Leaving Certificate Examination, 1903
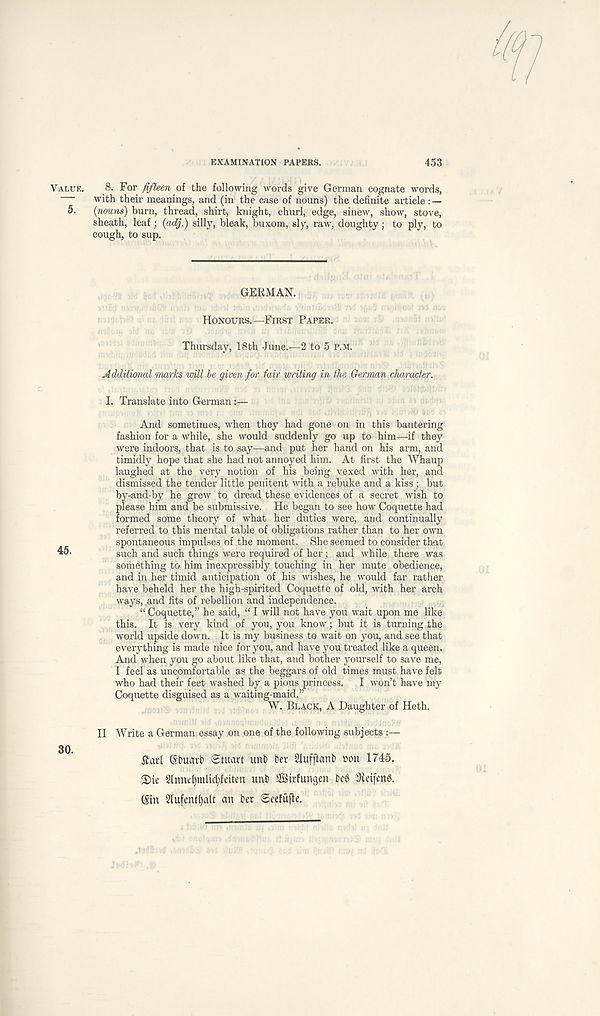
EXAMINATION PAPERS.
453
8. For fifteen of the following Avords give German cognate words,
Avith their meanings, and (in the case of nouns) the definite article : —
{nouns) burn, thread, shirt, knight, churl, edge, sinew, show, stove,
sheath, leaf; (adj.) silly, bleak, buxom, sly, raw, doughty; to ply, to
cough, to sup.
GERMAN.
Honours.—First Paper.
Thursday, 18th June.—2 to 5 p.m.
Additional marks will be given for fair writing in the German character.
I. Translate into German:—
And sometimes, when they had gone on in this bantering
fashion for a while, she would suddenly go up to him—if they
were indoors, that is to say—and put her hand on his arm, and
timidly hope that she had not annoyed him. At first the Whaup
laughed at the very notion of his being vexed Avith her, and
dismissed the tender little penitent with a rebuke and a kiss; but
by-and-by he grew to dread these evidences of a secret wish to
please him and be submissive. He began to see how Coquette had
formed some theory of what her duties were, and continually
referred to this mental table of obligations rather than to her own
spontaneous impulses of the moment. She seemed to consider th»at
such and such things were required of her; and while there was
something to him inexpressibly touching in her mute obedience,
and in her timid anticipation of his wishes, he would far rather
have beheld her the high-spirited Coquette of old, with her arch
ways, and fits of rebellion and independence.
“ Coquette,” he said, “ I will not have you wait upon me like
this. It is very kind of you, you know; but it is turning the
world upside down. It is my business to Avait on you, and see that
everything is made nice for you, and have you treated like a queen.
And Avhen you go about like that, and bother yourself to save me,
I feel as uncomfortable as the beggars of old times must have felt
who had their feet washed by a pious princess. I won’t have my
Coquette disguised as a waiting-maid.”
W. Black, A Daughter of Heth.
II Write a German essay on one of the following subjects :—
tfatl @buarb 0tuart unb ber Sluf' ftanb »on 1745.
2)te 2lnncf)mlicl)fdten unb SBitfungen beS SteifenA
©in Slufentfyalt an ber ©eefufie.